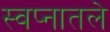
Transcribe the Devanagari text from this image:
स्वप्नातले